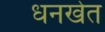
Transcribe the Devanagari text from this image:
धनखेत